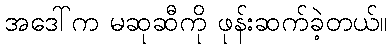
အဒေါ်က မဆုဆီကို ဖုန်းဆက်ခဲ့တယ်။